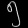
Digit: ၅